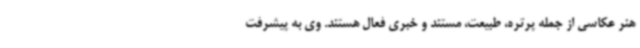
هنر عکاسی از جمله پرتره، طبیعت، مستند و خبری فعال هستند. وی به پیشرفت